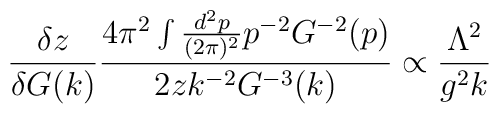
\frac{\delta z}{\delta G(k)} \frac{4\pi^2 \int \frac{d^2p}{(2\pi)^2}p^{-2}G^{-2}(p)}{2zk^{-2}G^{-3}(k)} \propto\frac{\Lambda^2}{g^2 k}